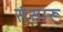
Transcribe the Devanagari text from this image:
संसारू